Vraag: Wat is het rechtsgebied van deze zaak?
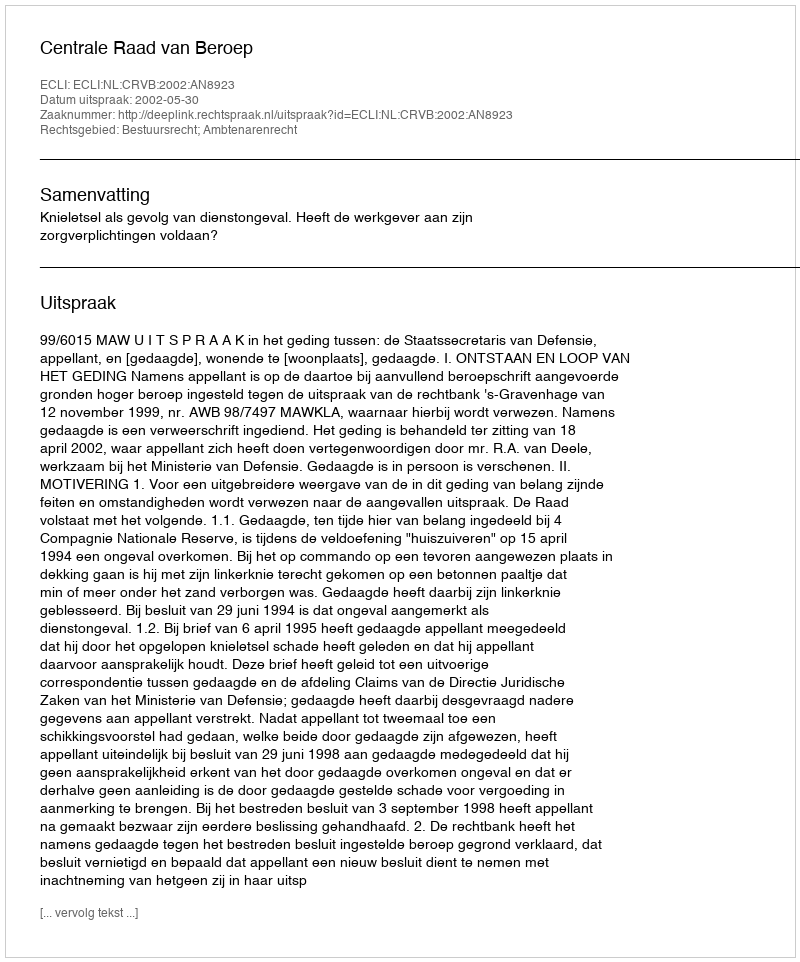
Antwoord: Bestuursrecht; Ambtenarenrecht